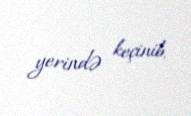
yerində keçinib.